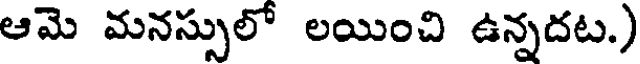
ఆమె మనస్సులో లయించి ఉన్నదట.)